画像に写った文字を読んでください
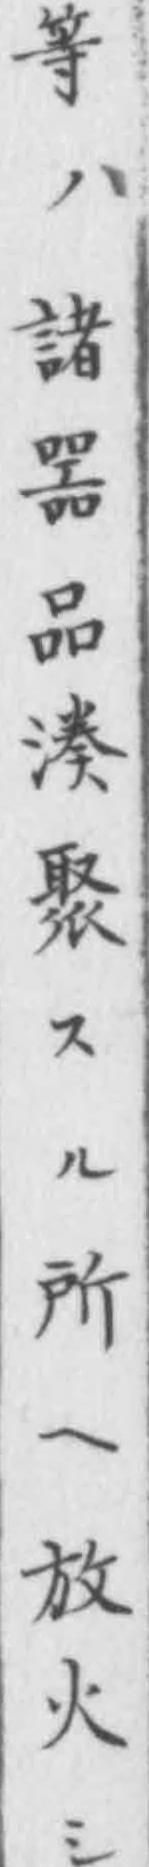
「等ハ諸噐品湊聚スル所ヘ放火シ」と書いてあります